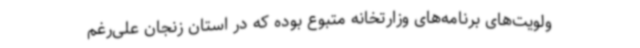
ولویت‌های برنامه‌های وزارتخانه متبوع بوده که در استان زنجان علی‌رغم